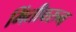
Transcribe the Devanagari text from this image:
भिंतीवरुन